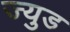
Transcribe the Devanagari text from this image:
ज्युड